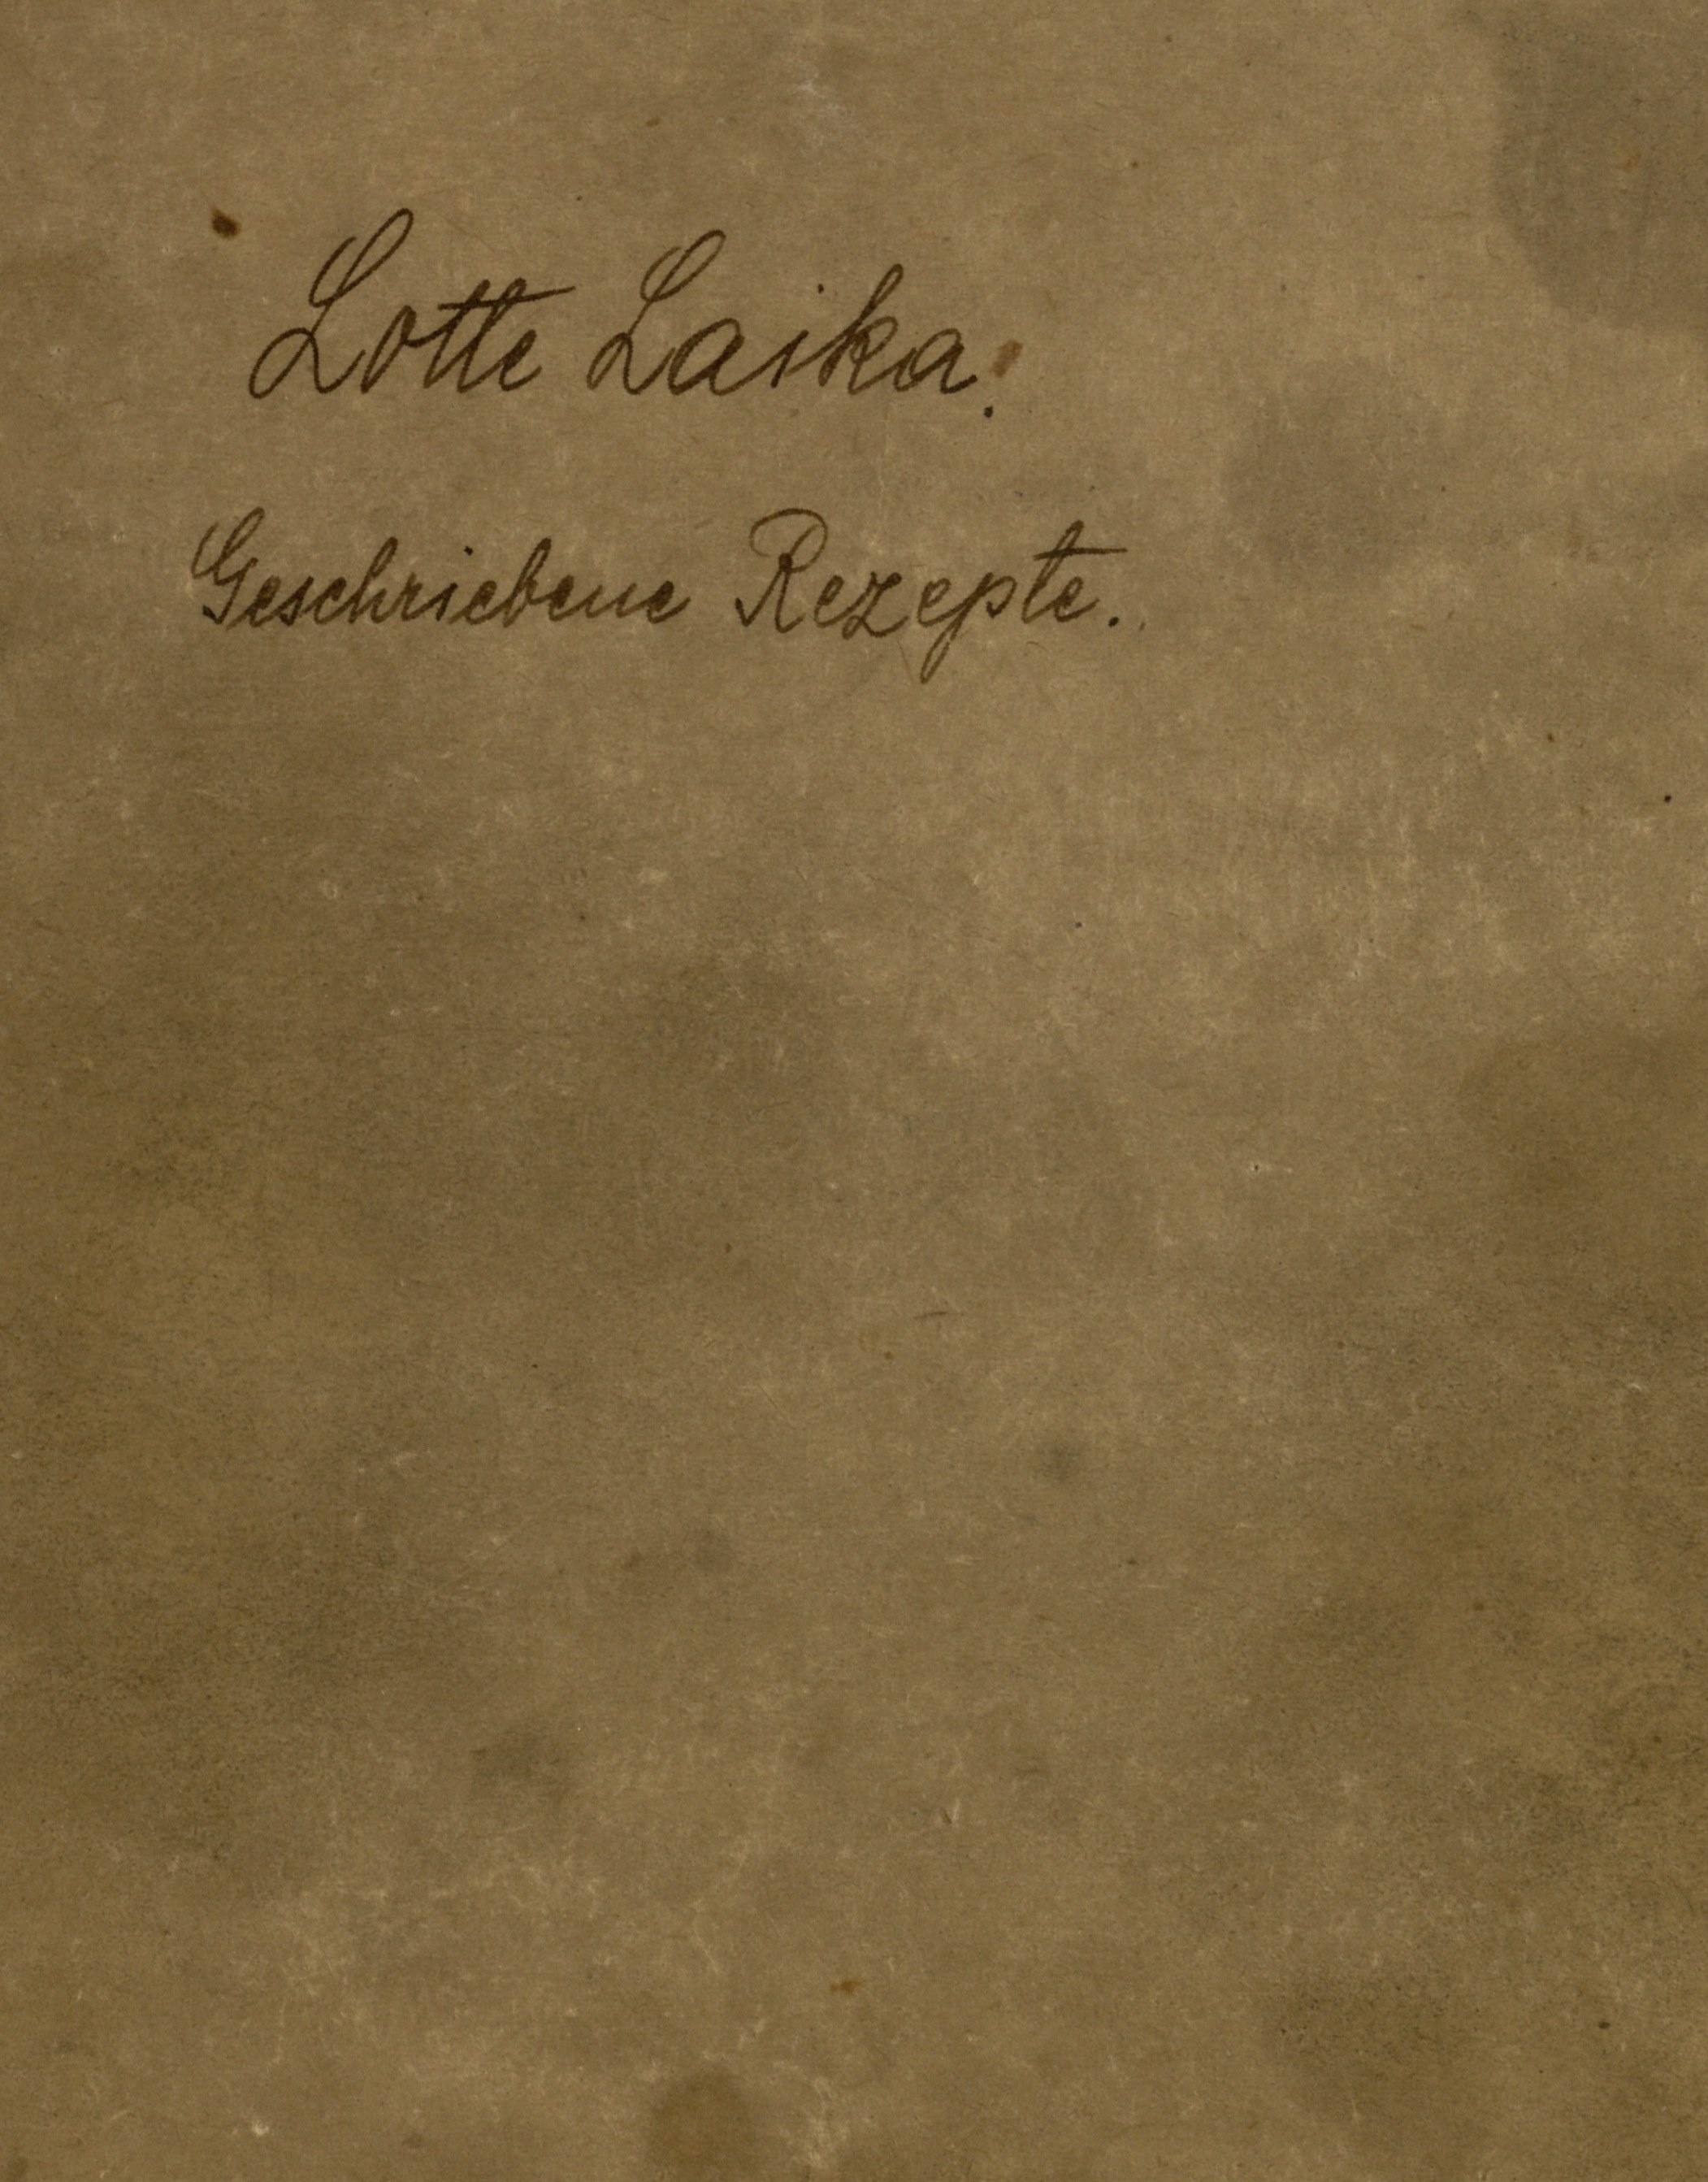
Lotte Laika.
Geschriebene Rezepte.